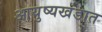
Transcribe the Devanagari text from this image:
आयुष्यखंडात